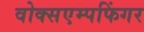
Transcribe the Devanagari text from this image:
वोक्सएम्पफिंगर